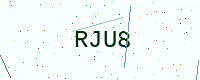
Text: RJU8